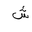
Letter: _shin